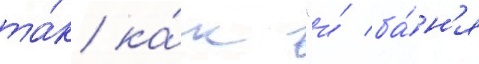
та́к ка́к "и́ ба́н'я